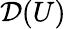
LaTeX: {\mathcal{D}}(U)